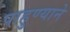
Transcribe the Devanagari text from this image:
पाहुण्याने